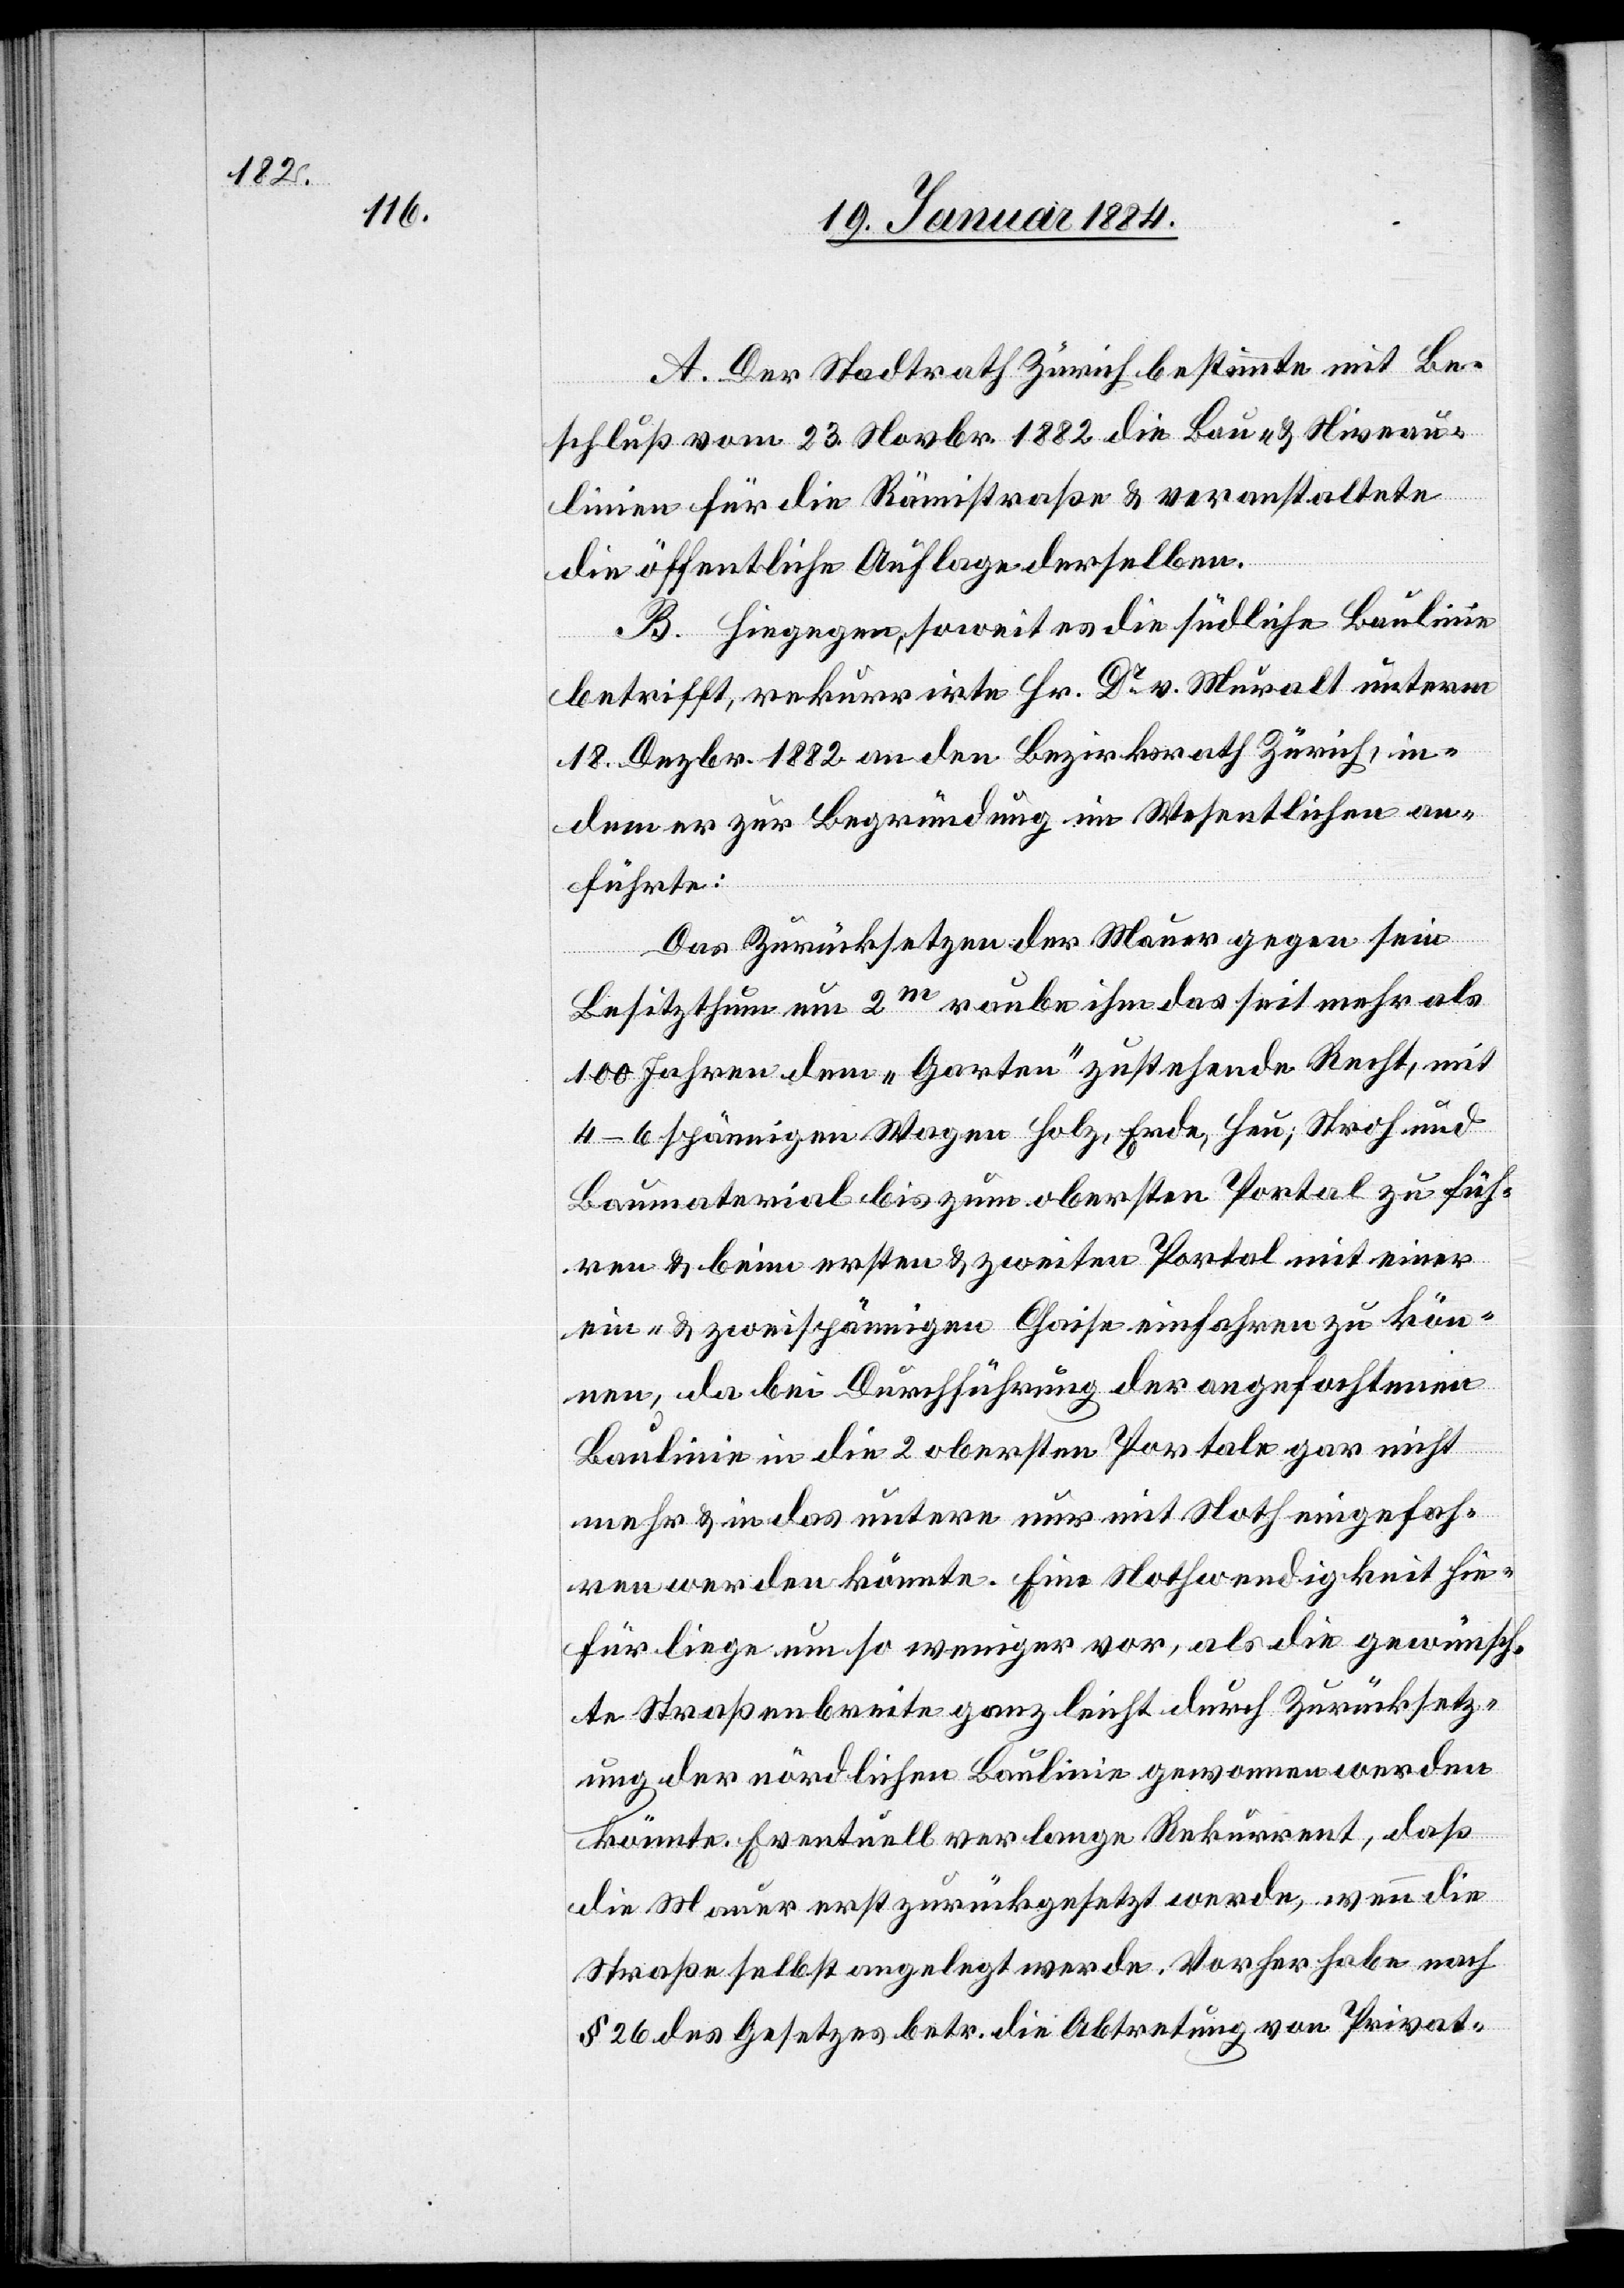
A. Der Stadtrath Zürich bestimmte mit Be¬
schluß vom 23. Novbr. 1882 die Bau- & Niveau¬
linien für die Rämistraße & veranstaltete
die öffentliche Auflage derselben.
B. Hiegegen, soweit es die südliche Baulinie
betrifft, rekurrirte Hr. Dr v. Muralt unterm
18. Dezbr. 1882 an den Bezirksrath Zürich, in¬
dem er zur Begründung im Wesentlichen an¬
führte:
Das Zurücksetzen der Mauer gegen sein
Besitzthum um 2m raube ihm das seit mehr als
100 Jahren dem „Garten“ zustehende Recht, mit
4–6 spännigem Wagen Holz, Erde, Heu, Stroh und
Baumaterial bis zum obersten Portal zu füh¬
ren & beim ersten & zweiten Portal mit einer
ein- & zweispännigen Gause einfahren zu kön¬
nen, da bei Durchführung der angefochtenen
Baulinie in die 2 obersten Portale gar nicht
mehr & in das untere nur mit Noth eingefah¬
ren werden könnte. Eine Nothwendigkeit hie¬
für liege um so weniger vor, als die gewünsch¬
te Straßenbreite ganz leicht durch Zurücksetz¬
ung der nördlichen Baulinie genommen werden
könnte. Eventuell verlange Rekurrent, daß
die Mauer erst zurückgesetzt werde, wenn die
Straße selbst angelegt werde. Vorher habe nach
§ 26 des Gesetzes betr. die Abtretung von Privat-